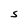
Character: S